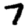
Digit: 7